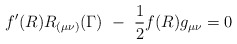
\begin{align*}f'(R)R_{(\mu \nu )}(\Gamma )~-~\frac{1}{2}f(R)g_{\mu \nu}=0\end{align*}